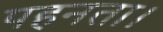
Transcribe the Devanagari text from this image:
पहनता।